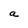
Character: a